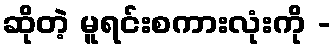
ဆိုတဲ့ မူရင်းစကားလုံးကို -